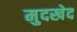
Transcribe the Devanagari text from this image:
मुदखेद